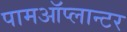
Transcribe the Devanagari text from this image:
पामऑप्लान्टर